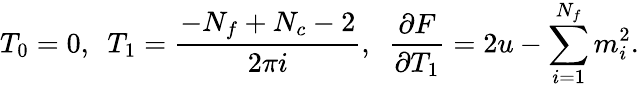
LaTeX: T_{0}=0,\ \ T_{1}=\frac{-N_{f}+N_{c}-2}{2\pi i},\ \ \frac{\partial F}{\partial T_{1}}=2u-\sum_{i=1}^{N_{f}}m_{i}^{2}.